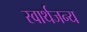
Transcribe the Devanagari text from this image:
स्वार्थजन्य